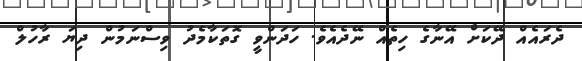
ދެރައެއް ދޭކަށް އޭނާގެ ހިތެއް ނޭދެއެވެ. ހަދަންވީ ގޮތަކާމެދު ވިސްނަމުން ދިޔަ ރާހުލް